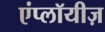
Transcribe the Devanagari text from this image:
एंप्लॉयीज़